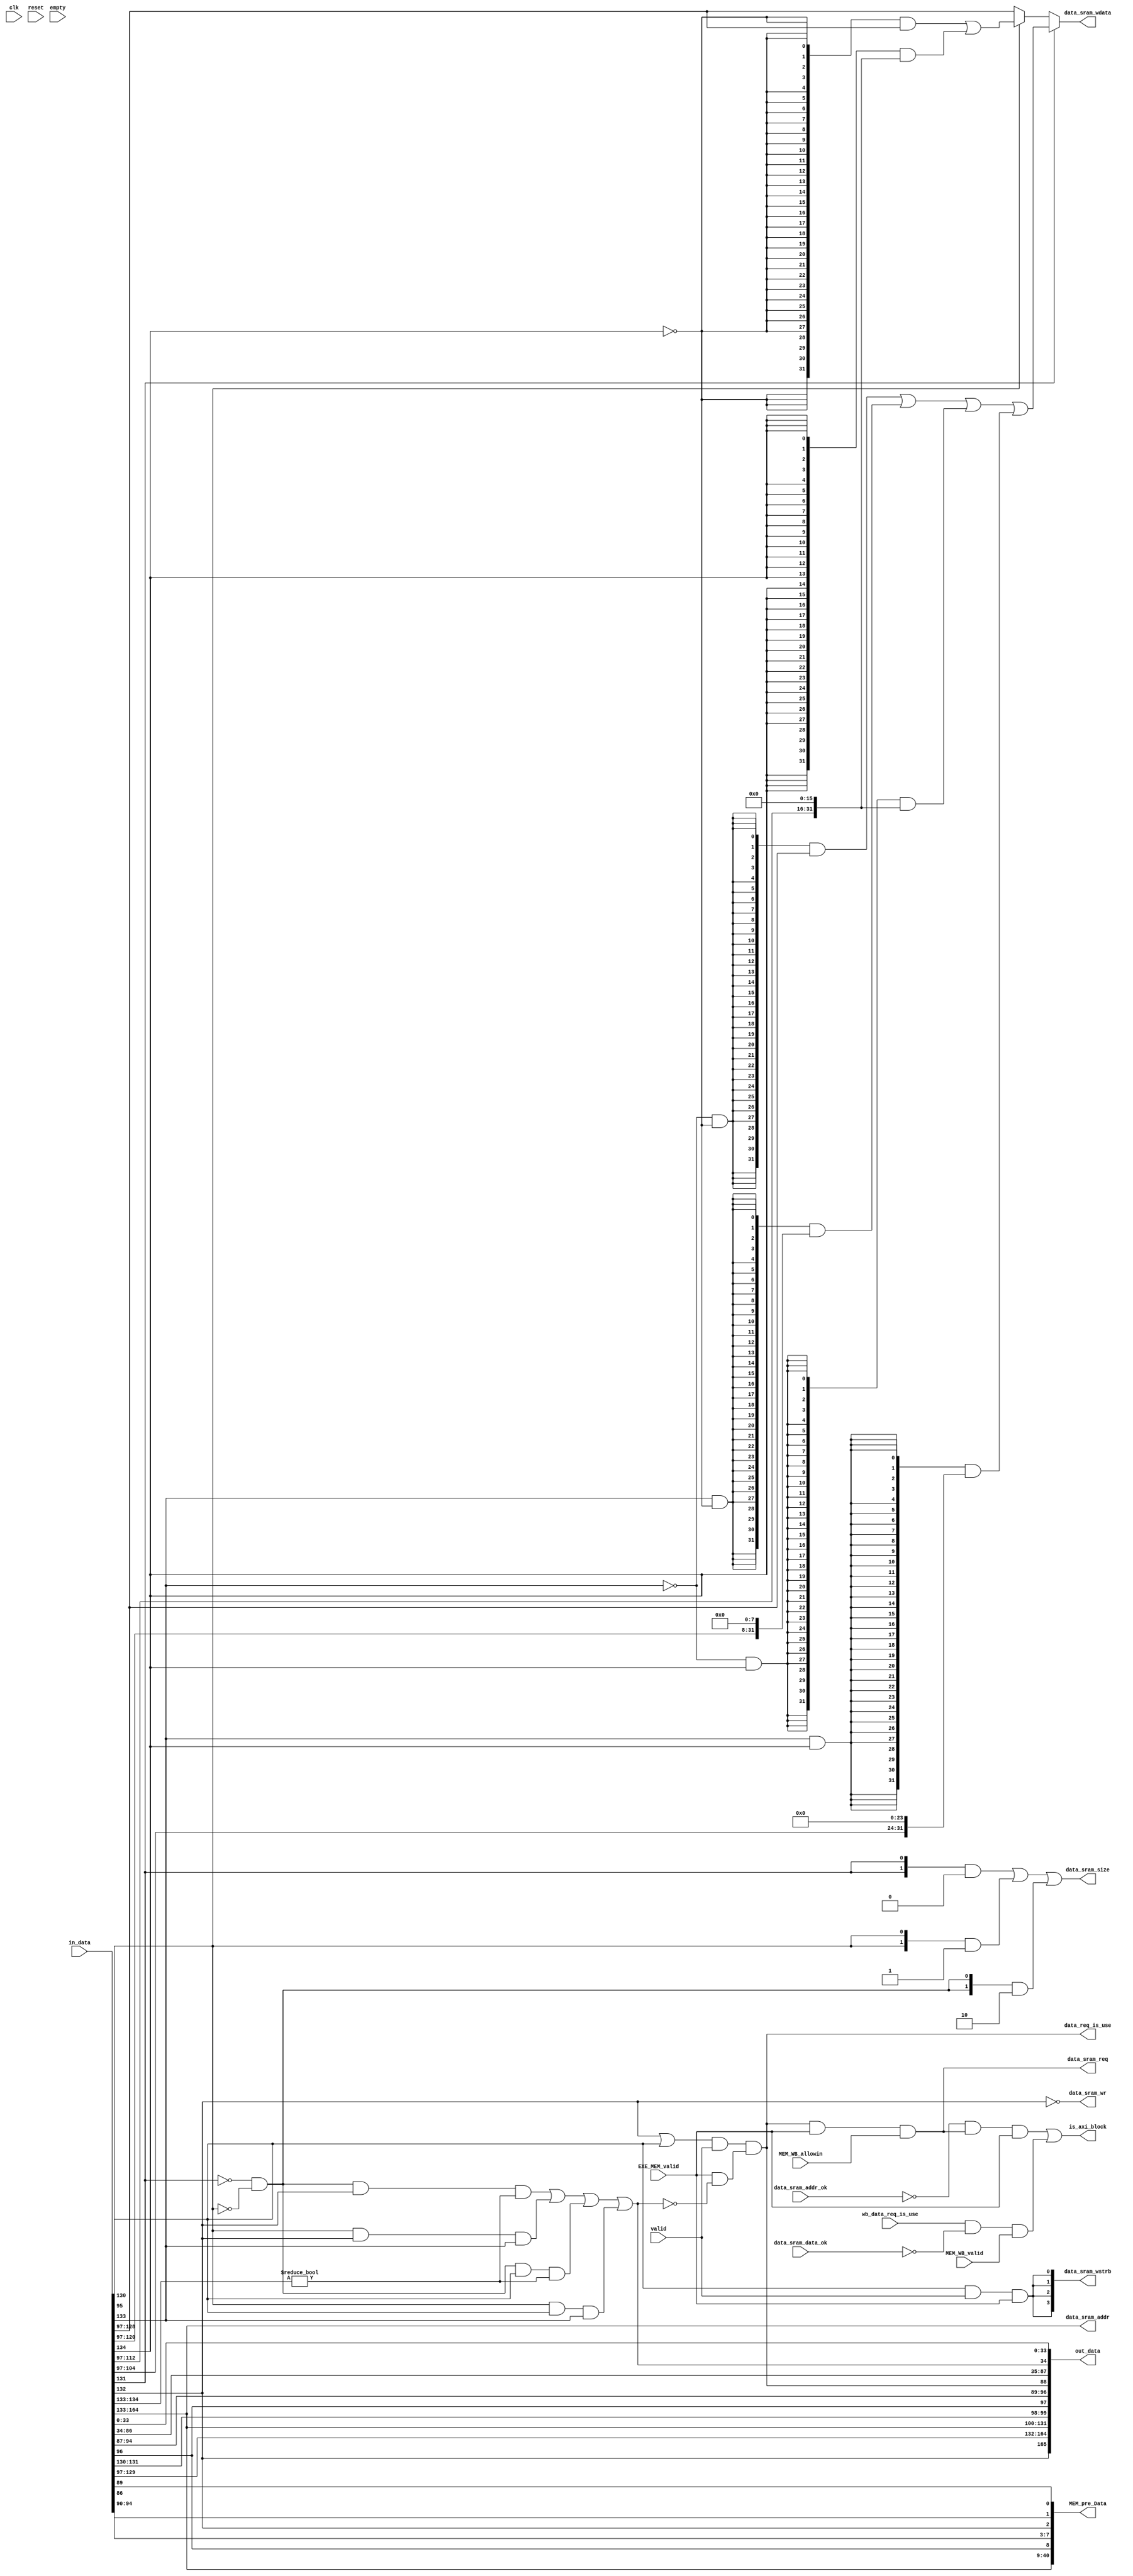
module MEM_reg(
    input clk,
    input reset,
    input valid,

    input            empty,
    input   wire     EXE_MEM_valid,
    input   [164:0]   in_data,

    output wire         data_sram_req,
    output wire         data_sram_wr,
    output wire  [1:0]  data_sram_size,
    output wire  [3:0]  data_sram_wstrb,
    output wire [31:0]  data_sram_addr,
    output wire [31:0]  data_sram_wdata,
    input  wire         data_sram_addr_ok,
    input  wire         data_sram_data_ok,
    output wire         data_req_is_use,

    output   [165:0]  out_data,
    output   [40:0]   MEM_pre_Data,

    input             MEM_WB_allowin,
    input             wb_data_req_is_use,
    input             MEM_WB_valid,

    output            is_axi_block
);

wire [31:0] alu_result;
wire        res_from_mem;
wire        is_byte;
wire        is_halfword;
wire [31:0] rkd_value;
wire        mem_is_sign;

wire [31:0] pc;
wire    res_from_counter;
wire    counter_is_id;
wire    counter_is_upper;

wire        res_from_csr;
wire [13:0] csr_addr;
wire        csr_we;
wire [31:0] rj_value;
wire        is_chg;

wire        is_sys;
wire        is_break;
wire        is_ine;
wire        is_adef;
wire        is_ale;
wire        is_interrupt;
wire        is_ertn;

wire        gr_we;
wire  [4:0] dest;


assign {alu_result,//32

        res_from_mem,//1
        is_byte,//1
        is_halfword,
        mem_is_sign,
        rkd_value,
        gr_we,//1
        mem_we,
        dest,//5

        res_from_counter,
        counter_is_id,
        counter_is_upper,

        res_from_csr,
        csr_addr,
        csr_we,
        rj_value,
        is_chg,

        is_sys,
        is_break,
        is_ine,
        is_adef,
        is_interrupt,
        is_ertn,

        pc//32
} = in_data;


wire  [ 3:0] byte_we;
wire  [31:0] byte_data;
wire  [ 3:0] halfword_we;
wire  [31:0] halfword_data;

assign is_ale = (!is_byte & !is_halfword & res_from_mem & (alu_result[1:0] != 2'b00)) |
                    (is_halfword & res_from_mem & (alu_result[0] != 1'b0)) |
                    (!is_byte & !is_halfword & mem_we & (alu_result[1:0] != 2'b00)) |
                    (is_halfword & mem_we & (alu_result[0] != 1'b0));

assign byte_we = ({4{!alu_result[0] & !alu_result[1]}} & {3'h0,{mem_we && valid && EXE_MEM_valid}}) |
                     ({4{alu_result[0] & !alu_result[1]}} & {2'h0,{mem_we && valid && EXE_MEM_valid},1'b0}) |
                     ({4{!alu_result[0] & alu_result[1]}} & {1'h0,{mem_we && valid && EXE_MEM_valid},2'h0}) |
                     ({4{alu_result[0] & alu_result[1]}} & {{mem_we && valid && EXE_MEM_valid},3'h0});

assign byte_data = ({32{!alu_result[0] & !alu_result[1]}} & rkd_value) |
                     ({32{alu_result[0] & !alu_result[1]}} & {rkd_value[23:0],8'h00}) |
                     ({32{!alu_result[0] & alu_result[1]}} & {rkd_value[15:0],16'h0000}) |
                     ({32{alu_result[0] & alu_result[1]}} & {rkd_value[7:0],24'h000000});

assign halfword_we = ({4{!alu_result[1]}} & {2'h0,{2{mem_we && valid && EXE_MEM_valid}}}) |
                         ({4{alu_result[1]}} & {{2{mem_we && valid && EXE_MEM_valid}},2'h0});

assign halfword_data = ({32{!alu_result[1]}} & rkd_value) |
                         ({32{alu_result[1]}} & {rkd_value[15:0],16'h0000});


assign is_axi_block = (!data_sram_addr_ok & data_sram_req & EXE_MEM_valid) | (wb_data_req_is_use & !data_sram_data_ok & MEM_WB_valid);

assign data_req_is_use = {res_from_mem | mem_we} && valid && EXE_MEM_valid & !is_ale;

assign data_sram_req   = (data_req_is_use) & EXE_MEM_valid & MEM_WB_allowin;
assign data_sram_wr    = !res_from_mem;
assign data_sram_size  = ({2{is_byte}} & 2'b00) | ({2{is_halfword}} & 2'b01) | ({2{!is_byte & !is_halfword}} & 2'b10);
assign data_sram_wstrb = {4{mem_we && valid && EXE_MEM_valid}};
assign data_sram_addr  = alu_result;
assign data_sram_wdata = is_byte ? byte_data :
                                 (is_halfword ? halfword_data : rkd_value);


assign MEM_pre_Data = {alu_result,//32
                       gr_we,//1
                       dest,//5
                       res_from_mem,
                       res_from_csr,
                       res_from_counter
};

//70
assign out_data     = {res_from_mem,
                       mem_is_sign,
                       rkd_value,
                       alu_result,
                       is_byte,
                       is_halfword,
                       gr_we,
                       dest,

                        res_from_counter,
                        counter_is_id,
                        counter_is_upper,
                        data_req_is_use,

                       res_from_csr,
                       csr_addr,
                       csr_we,
                       rj_value,
                       is_chg,

                       is_sys,
                       is_break,
                       is_ine,
                       is_adef,
                       is_ale,
                       is_interrupt,
                       is_ertn,

                       pc
};

endmodule